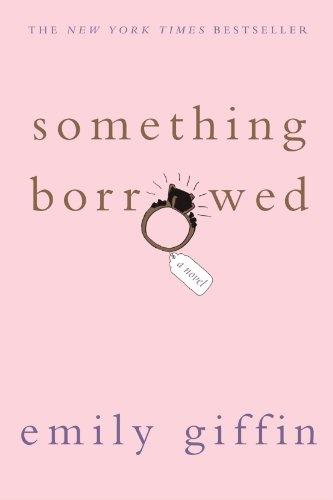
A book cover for Something Borrowed; Emily Giffin; Literature & Fiction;